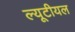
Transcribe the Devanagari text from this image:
ल्यूटीयल